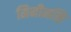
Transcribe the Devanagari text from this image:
मिनीमसि